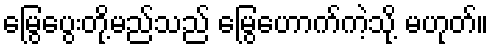
မြွေပွေးတို့မည်သည် မြွေဟောက်ကဲ့သို့ မဟုတ်။